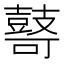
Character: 𱌋